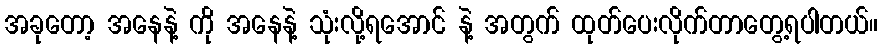
အခုတော့ အနေနဲ့ ကို အနေနဲ့ သုံးလို့ရအောင် နဲ့ အတွက် ထုတ်ပေးလိုက်တာတွေ့ရပါတယ်။